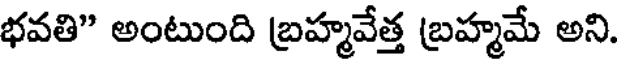
భవతి" అంటుంది బ్రహ్మవేత్త బ్రహ్మమే అని.